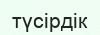
түсірдік